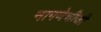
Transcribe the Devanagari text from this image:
नागणेचीजी